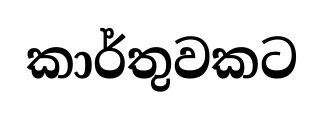
කාර්තුවකට